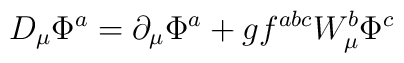
D_{\mu} \Phi ^a = \partial _{\mu} \Phi ^a + g f ^{abc}W_{\mu} ^b \Phi ^c